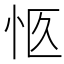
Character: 𪫨